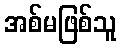
အစ်မဖြစ်သူ